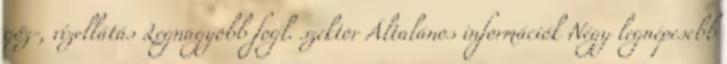
gőz-, vízellátás Legnagyobb fogl. szektor Általános információk Négy legnépesebb